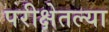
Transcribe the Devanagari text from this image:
परीक्षेतल्या